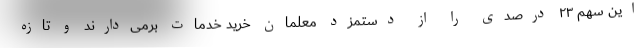
این سهم ۲۳ درصدی را از دستمزد معلمان خرید خدمات برمی‌دارند و تازه